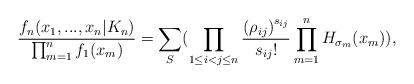
LaTeX: \begin{align*}\frac{f_{n}(x_{1},...,x_{n}|K_{n})}{\prod_{m=1}^{n}f_{1}(x_{m})}=\sum_{S}(\prod_{1\leq i<j\leq n}\frac{\left( \rho_{ij}\right) ^{s_{ij}}}{s_{ij}!}\prod_{m=1}^{n}H_{\sigma_{m}}(x_{m})), \end{align*}